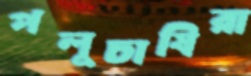
পলুচাষিরা